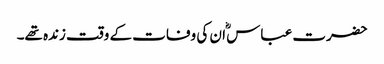
حضرت عباس ؓا ن کی وفات کے وقت زندہ تھے۔